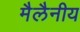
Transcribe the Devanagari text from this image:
मैलैनीय